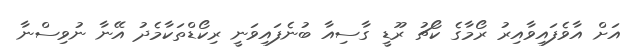
އަށް އާވެފައިވާއިރު ރޯމާގެ ކޯޗު ރޫޑީ ގާސިއާ ބުނެފައިވަނީ ރިކޯޑްތަކާމެދު އޭނާ ނުވިސްނާ